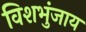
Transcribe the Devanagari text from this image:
विशभुंजाय